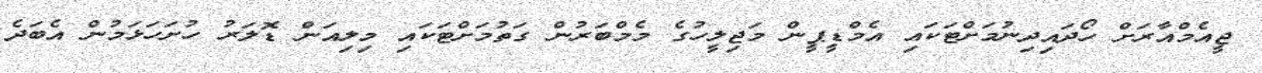
ޖީއެމްއާރަށް ހޯދައިދިނުމަށްޓަކައި އެމްޑީޕީން މަޖިލީހުގެ މެމްބަރުން ގަތުމަށްޓަކައި މިލިއަން ޑޮލަރު ހުށަހަޅަމުން އެބަދެ